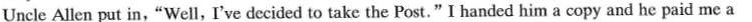
Uncle Allen put in,"Well,I'vedecided to take the Post."I handed him a copy and he paid me a